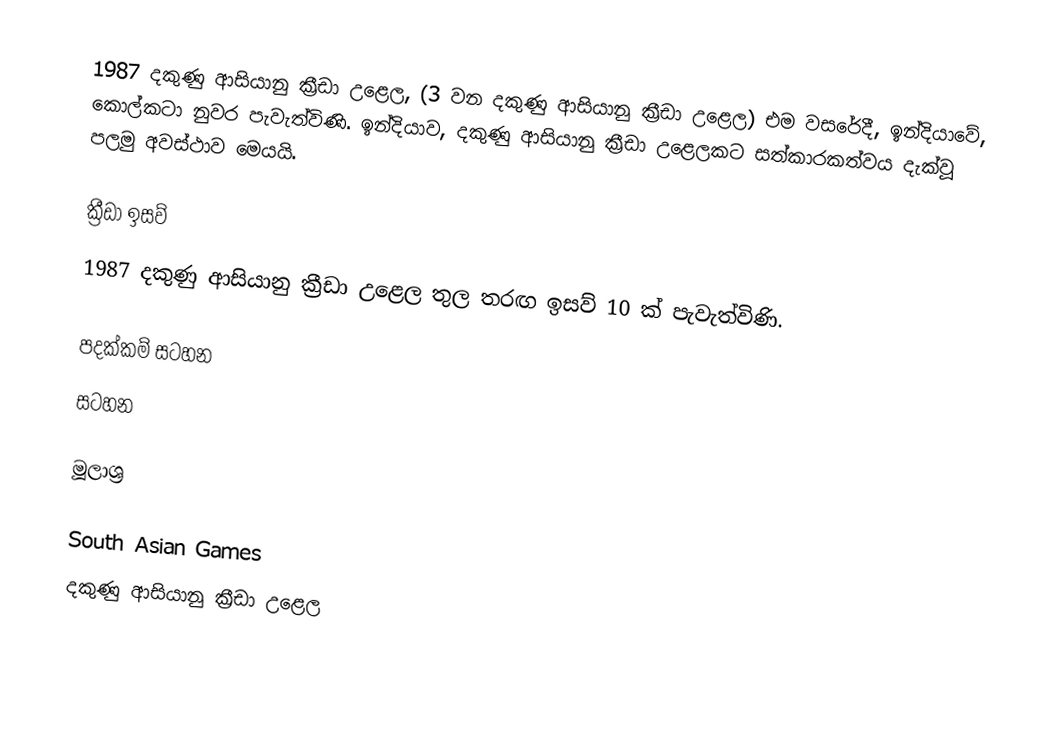
1987 දකුණු ආසියානු ක්‍රීඩා උළෙල, (3 වන දකුණු ආසියානු ක්‍රීඩා උළෙල) එම වසරේදී, ඉන්දියාවේ, කොල්කටා නුවර පැවැත්විණි. ඉන්දියාව, දකුණු ආසියානු ක්‍රීඩා උළෙලකට සත්කාරකත්වය දැක්වූ පලමු අවස්ථාව මෙයයි.

ක්‍රීඩා ඉසව්
1987 දකුණු ආසියානු ක්‍රීඩා උළෙල තුල තරඟ ඉසව් 10 ක් පැවැත්විණි.

පදක්කම් සටහන
සටහන

මූලාශ්‍ර

South Asian Games
දකුණු ආසියානු ක්‍රීඩා උළෙල